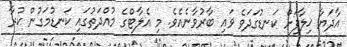
އާދަޔާ ޚިލާފަށް ކަނޑުގަދަވެ ވައި ބާރުވާނެއެވެ. މި އެލާޓްގެ މުއްދަތުގައި ކަނޑުމަގުން ކުރާ